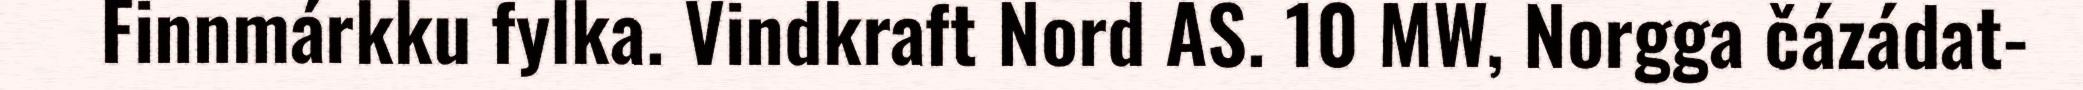
Finnmárkku fylka. Vindkraft Nord AS. 10 MW, Norgga čázádat-